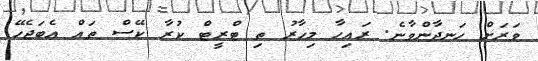
ވަރަށް ހަނދާންވާނެ. ރައިހާ މިހާރު ތި ޓްރީޓް ކުރާ ކޭސް ތައް އެބަޖެހޭ